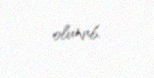
olunub.